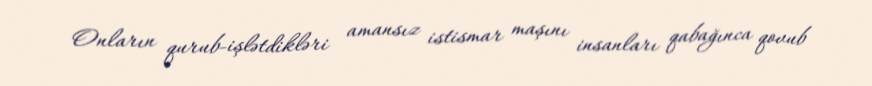
Onların qurub-işlətdikləri amansız istismar maşını insanları qabağınca qovub